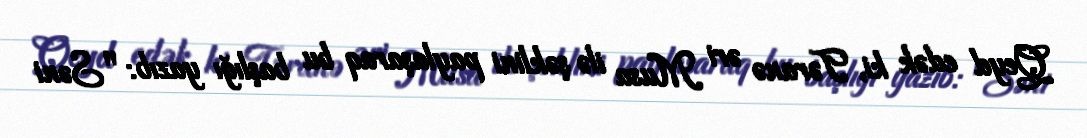
Qeyd edək ki, Təranə əri Musa ilə şəklini paylaşaraq bu başlığı yazıb: "Səni